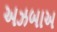
અઝબાઅ